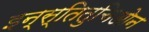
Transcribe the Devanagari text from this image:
इन्स्तितुचिओन